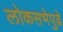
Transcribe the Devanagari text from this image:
लोकसभेपुढे